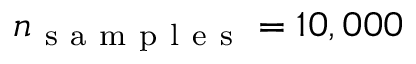
n _ { \mathrm { ~ s ~ a ~ m ~ p ~ l ~ e ~ s ~ } } = 1 0 , 0 0 0